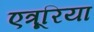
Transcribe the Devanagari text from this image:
एत्रूरिया